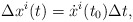
\begin{align*}\Delta x^i(t)=\dot x^i(t_0)\Delta t, \end{align*}